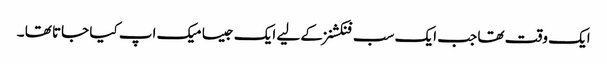
ایک وقت تھا جب ایک سب فنکشنز کے لیے ایک جیسا میک اپ کیا جاتا تھا ۔